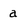
Character: a